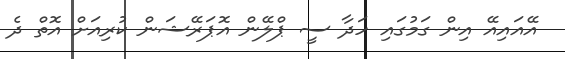
އޭއައިއޭ އިން ގަމުގައި ހަދާ ސީ ޕްލޭން އޮޕަރޭޝަން ކުރިއަށް އޮތް ދެ